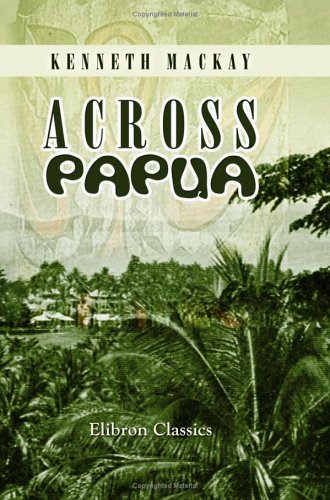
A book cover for Across Papua: Being an Account of a Voyage round, and a March across, the Territory of Papua, with the Royal Commission; Kenneth Mackay; Travel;